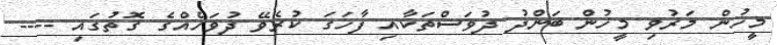
މީހުން މަރުވި މީހުން ބަންދު ދުވަސްތަކާއި ފާހަގަ ކުރެވޭ ދުވަހެއްގެ ގޮތުގައި ----